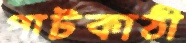
পাটকাঠী